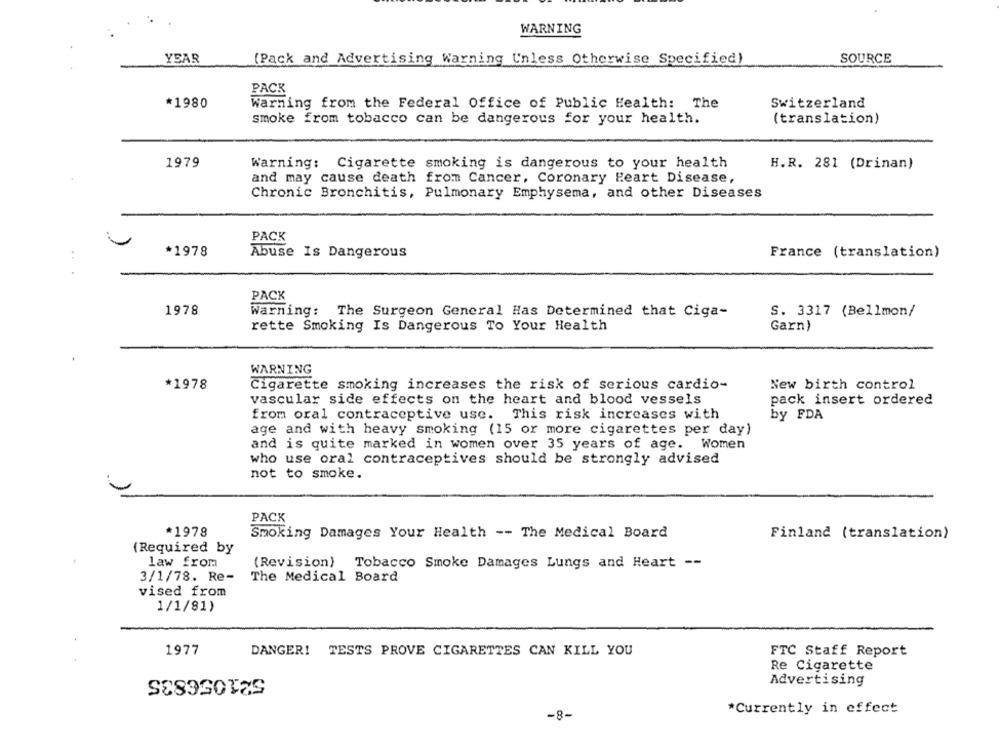
WARNING
YEAR
(Pack and Advertising Warning Unless Otherwise Specified)
SOURCE
PACK
*1980
Warning from the Federal Office of Public Health: The
Switzerland
smoke from tobacco can be dangerous for your health.
(translation)
1979
Warning: Cigarette smoking is dangerous to your health
H.R. 281 (Drinan)
and may cause death from Cancer, Coronary Heart Disease,
Chronic Bronchitis, Pulmonary Emphysema, and other Diseases
PACK
*1978
Abuse Is Dangerous
France (translation)
..
PACK
1978
Warning: The Surgeon General Has Determined that Ciga-
S. 3317 (Bellmon/
rette Smoking Is Dangerous To Your Health
Garn)
WARNING
*1978
Cigarette smoking increases the risk of serious cardio-
New birth control
vascular side effects on the heart and blood vessels
pack insert ordered
from oral contraceptive use. This risk increases with
by FDA
age and with heavy smoking (15 or more cigarettes per day)
and is quite marked in women over 35 years of age. Women
who use oral contraceptives should be strongly advised
not to smoke.
PACK
*1978
Smoking Damages Your Health -- The Medical Board
Finland (translation)
(Required by
law from
(Revision) Tobacco Smoke Damages Lungs and Heart --
3/1/78. Re-
The Medical Board
vised from
1/1/81)
1977
DANGER! TESTS PROVE CIGARETTES CAN KILL YOU
FTC Staff Report
Re Cigarette
521056835
Advertising
*Currently in effect
-8-